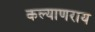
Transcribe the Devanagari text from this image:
कल्याणराय